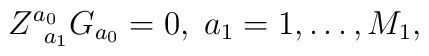
Z_{\;\;a_{1}}^{a_{0}}G_{a_{0}}=0,\;a_{1}=1,\ldots ,M_{1},